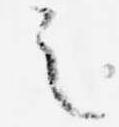
之